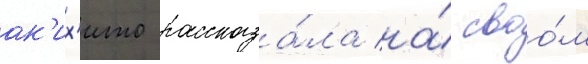
ак'их'ито рассказа́ла на́ своо́м